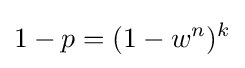
1-p=(1-w^{n})^{k}